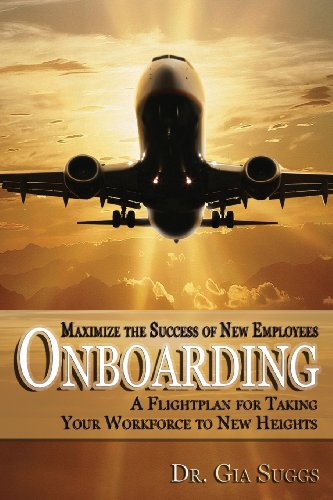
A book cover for Onboarding: A Flightplan for Taking Your Workforce to New Heights; Gia Suggs; Business & Money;